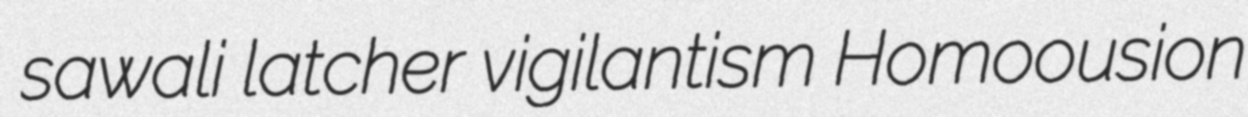
sawali latcher vigilantism Homoousion